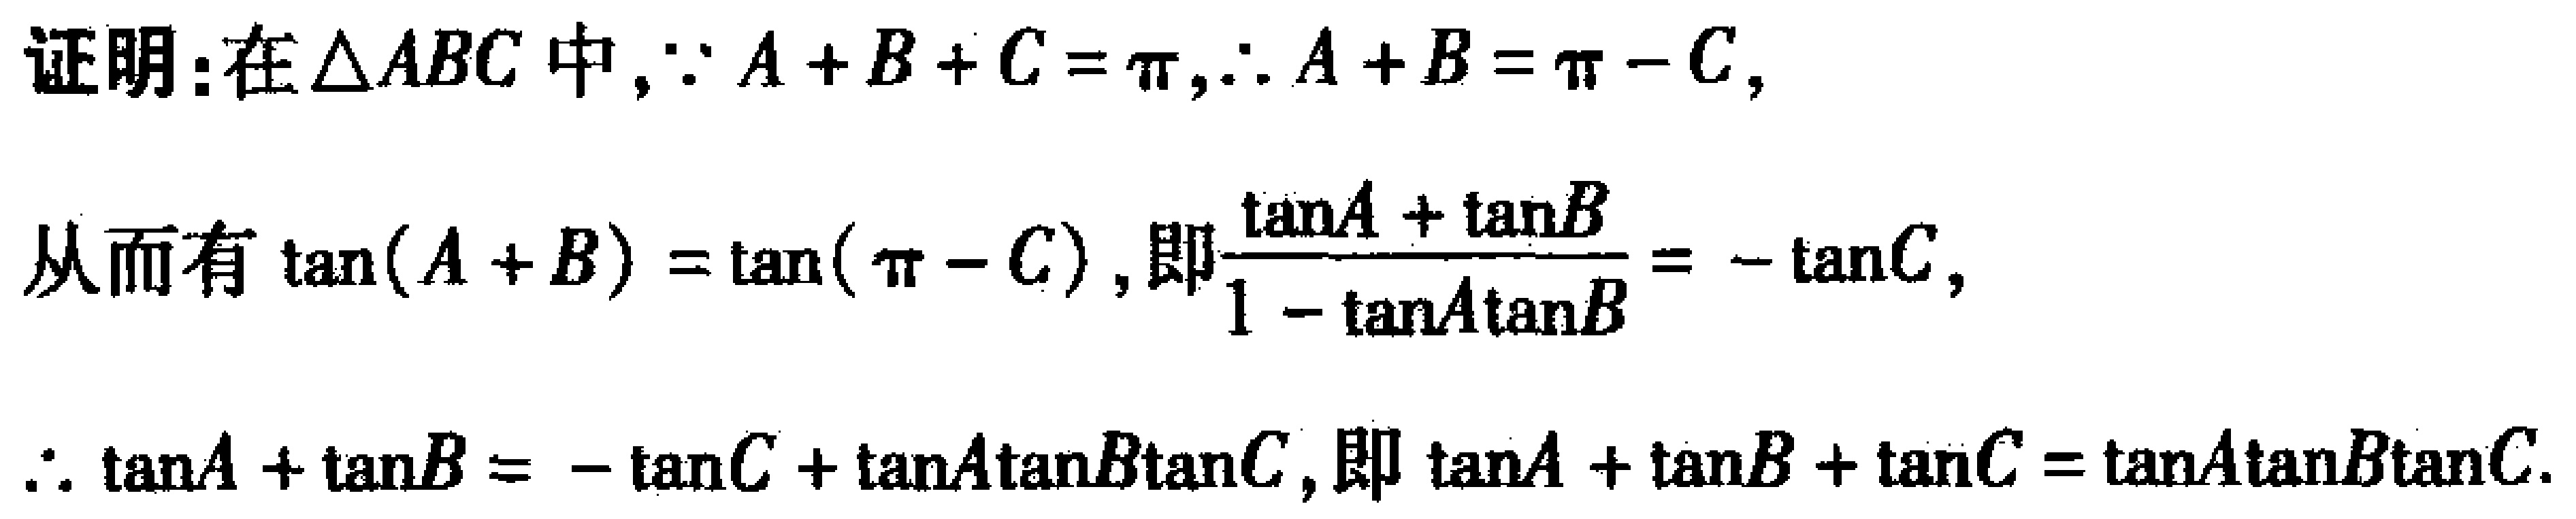
证明：在$\triangle ABC$中，$\because A + B + C = \pi$，$\therefore A + B = \pi - C$，
从而有$\tan(A + B) = \tan(\pi - C)$，即$\frac{\tan A + \tan B}{1 - \tan A\tan B} = -\tan C$，
$\therefore \tan A + \tan B = -\tan C + \tan A\tan B\tan C$，即$\tan A + \tan B + \tan C = \tan A\tan B\tan C$.